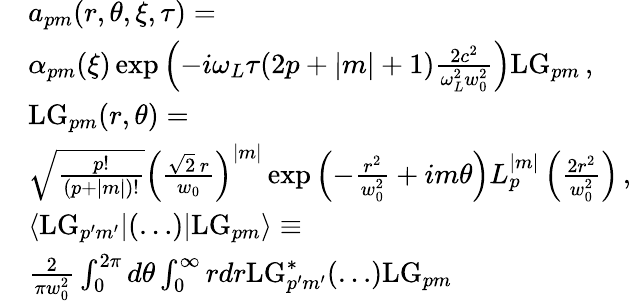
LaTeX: \begin{array}{rl}&{a_{pm}(r,\theta,\xi,\tau)=}\\ &{\alpha_{pm}(\xi)\exp\left(-i\omega_{L}\tau(2p+|m|+1)\frac{2c^{2}}{\omega_{L}^{2}w_{0}^{2}}\right)\mathrm{LG}_{pm}\, ,}\\ &{\mathrm{LG}_{pm}(r,\theta)=}\\ &{\sqrt{\frac{p!}{(p+|m|)!}}\left(\frac{\sqrt{2}\, r}{w_{0}}\right)^{|m|}\exp\left(-\frac{r^{2}}{w_{0}^{2}}+im\theta\right)L_{p}^{|m|}\left(\frac{2r^{2}}{w_{0}^{2}}\right)\, ,}\\ &{\langle\mathrm{LG}_{p^{\prime}m^{\prime}}|(\ldots)|\mathrm{LG}_{pm}\rangle\equiv}\\ &{\frac{2}{\pi w_{0}^{2}}\int_{0}^{2\pi}d\theta\int_{0}^{\infty}rdr\mathrm{LG}_{p^{\prime}m^{\prime}}^{*}(\ldots)\mathrm{LG}_{pm}}\end{array}